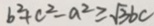
b ^ { 2 } + c ^ { 2 } - a ^ { 2 } \geq \sqrt { 3 } b c